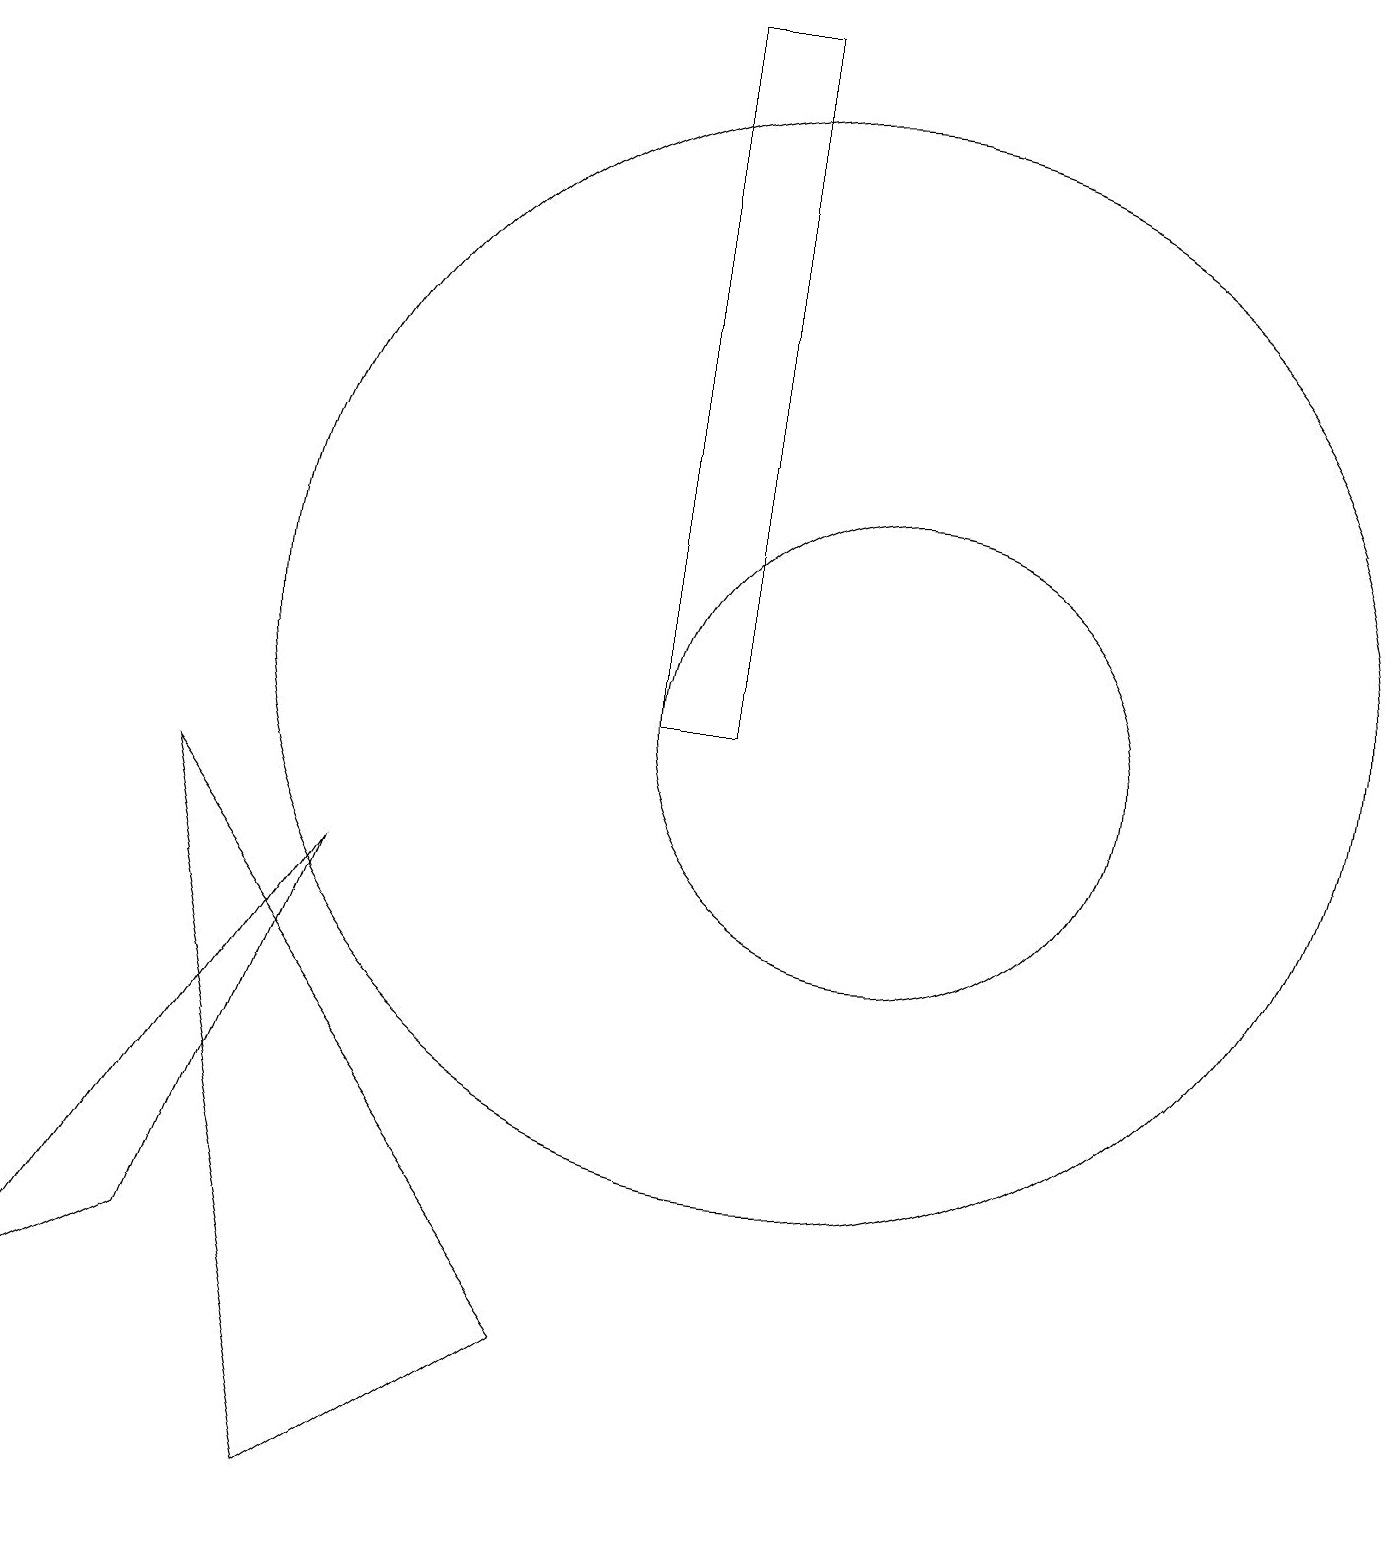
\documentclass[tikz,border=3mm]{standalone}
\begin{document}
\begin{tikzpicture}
\draw (10,11) circle (7);
\draw (2,9) -- (7,2) -- (4,0) -- cycle;
\draw (11,10) circle (3);
\draw (0,2) -- (4,8) -- (2,3) -- cycle;
\draw (9,10) rectangle (8,19);
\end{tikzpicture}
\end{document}